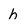
Character: h